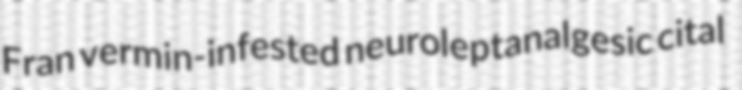
Fran vermin-infested neuroleptanalgesic cital